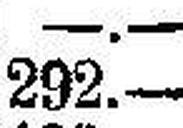
292.—